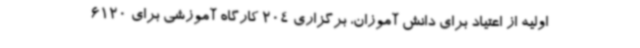
اولیه از اعتیاد برای دانش آموزان، برگزاری 204 کارگاه آموزشی برای 6120